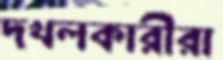
দখলকারীরা